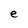
Character: e